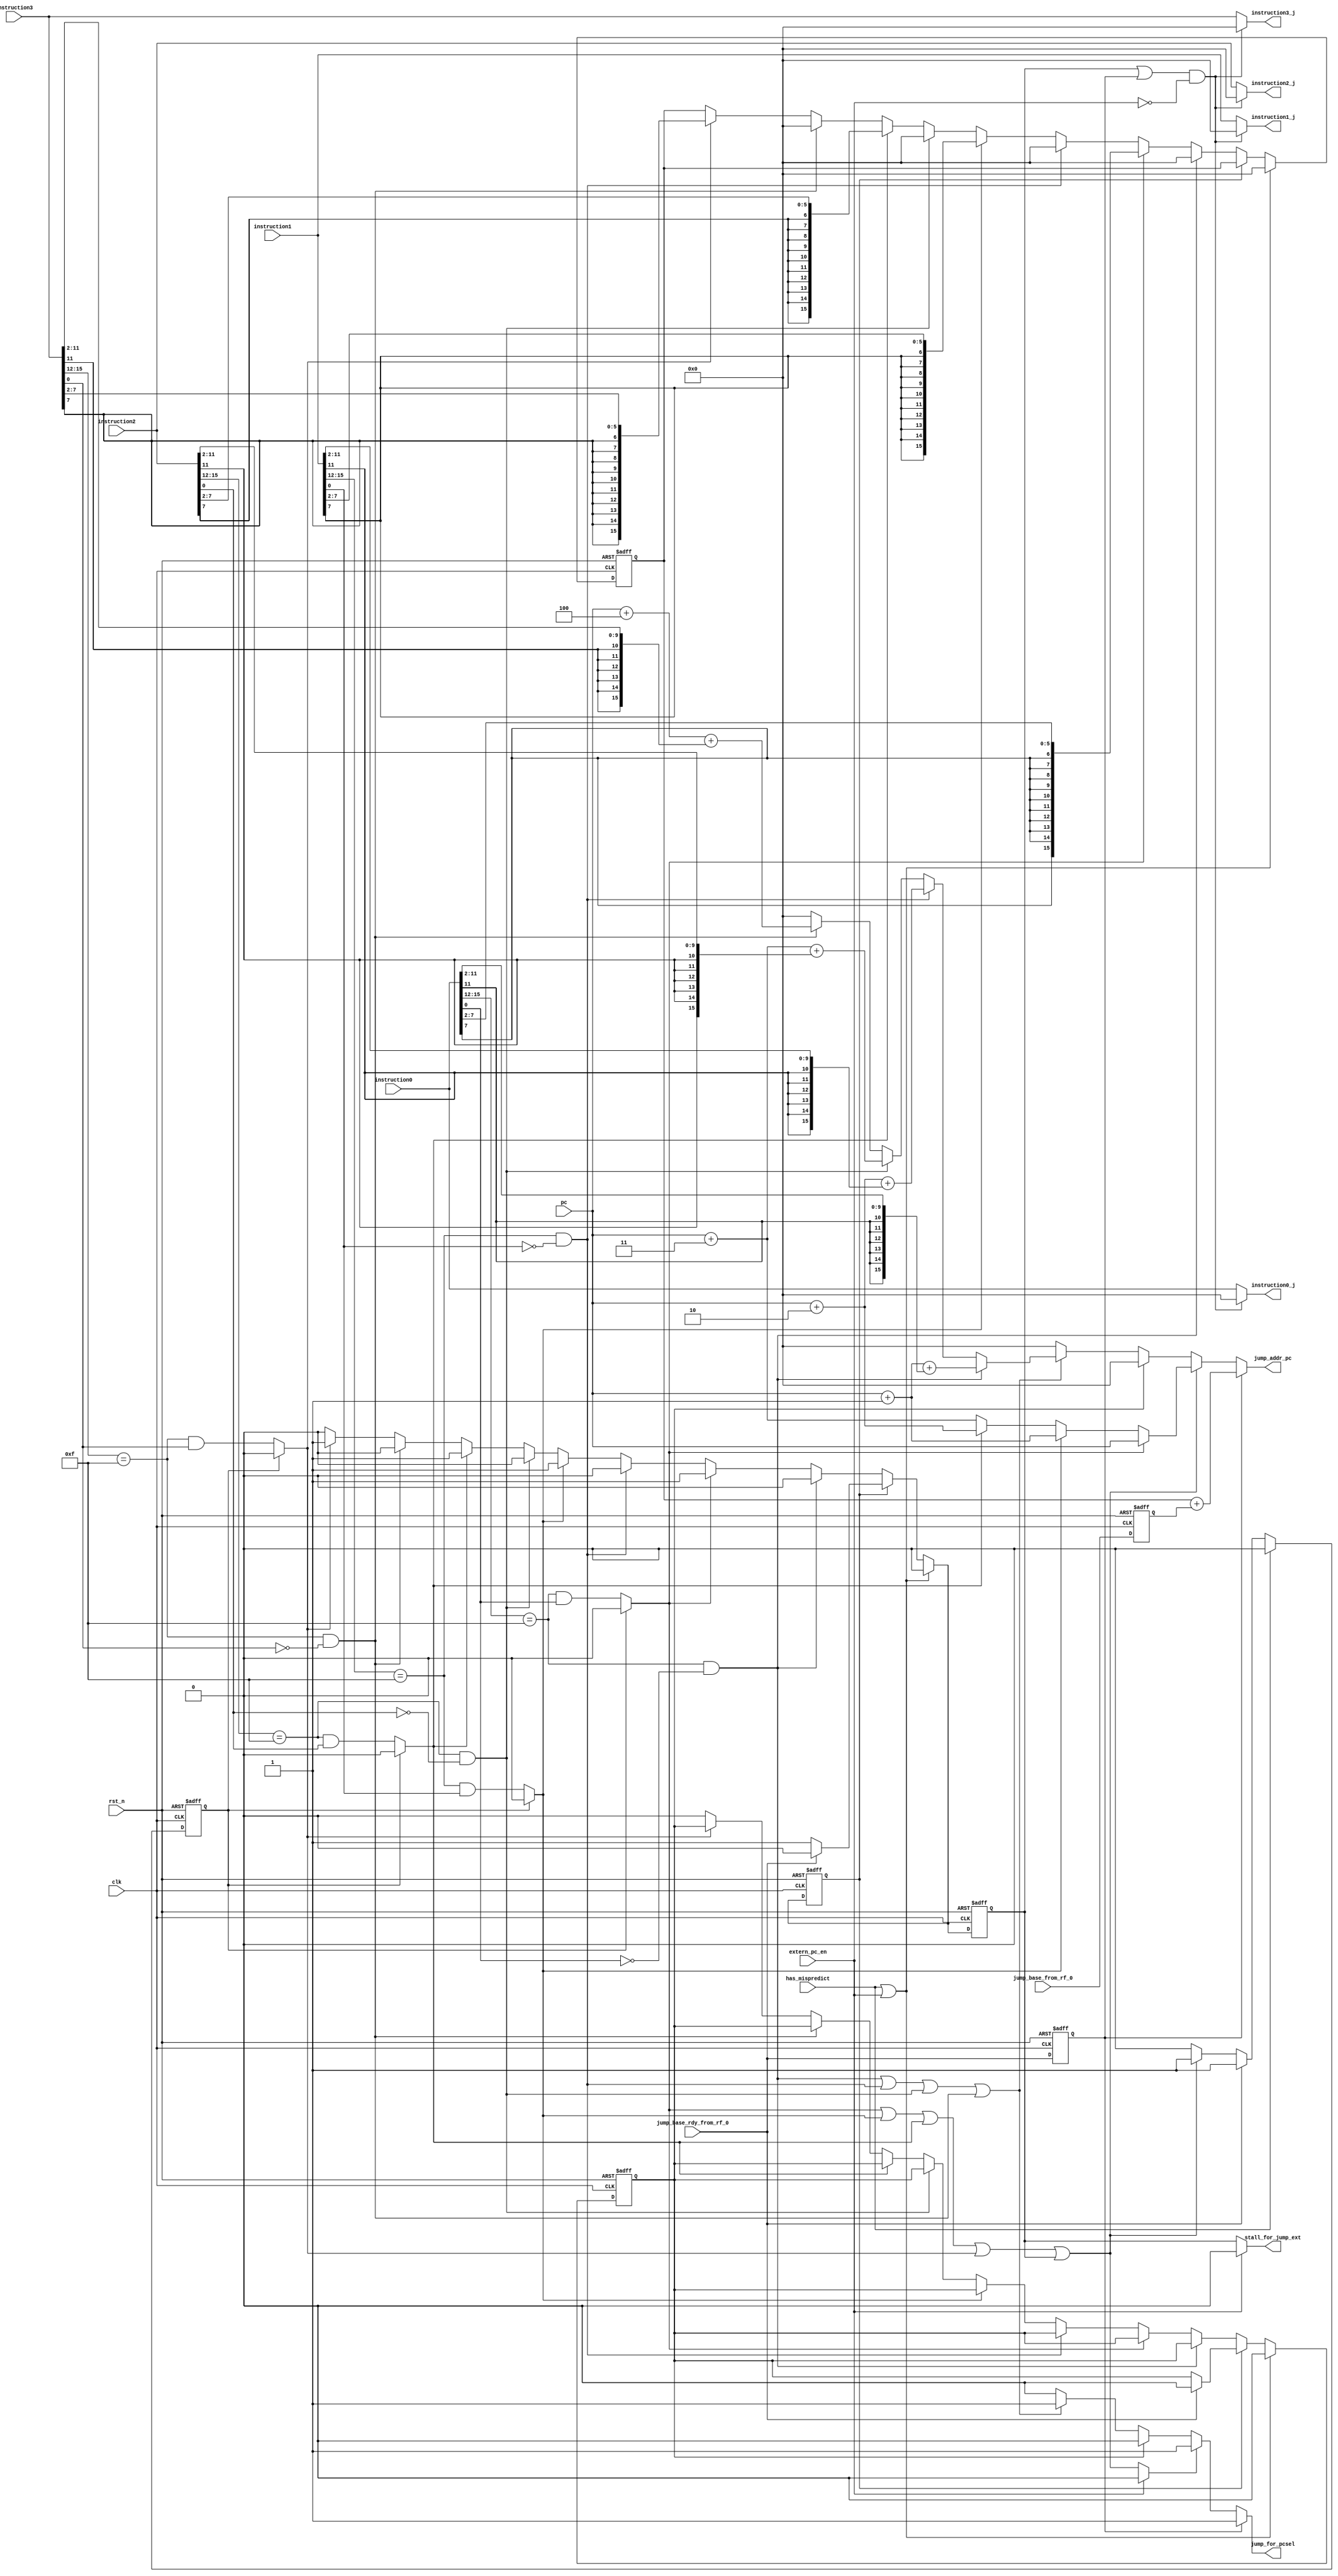
`timescale 1ns / 1ps
//////////////////////////////////////////////////////////////////////////////////
// Company: 
// Engineer: 
// 
// Design Name: 
// Module Name:    jumpHandler 
// Project Name: 
// Target Devices: 
// Tool versions: 
// Description: 
//
// Dependencies: 
//
// Revision: 
// Revision 0.01 - File Created
// Additional Comments: 
//
//////////////////////////////////////////////////////////////////////////////////
module jumpHandler(input has_mispredict,
		   input 	 clk,
		   input 	 rst_n,
		   input [15:0]  pc,
		   input [15:0]  instruction0,
		   input [15:0]  instruction1,
		   input [15:0]  instruction2,
		   input [15:0]  instruction3,
		   input [15:0]  jump_base_from_rf_0,
		   input 	 jump_base_rdy_from_rf_0,
	           input extern_pc_en,
		   output [15:0] jump_addr_pc,
		   output 	 jump_for_pcsel,
		   output  stall_for_jump_ext,
		   output [15:0] instruction0_j,
		   output [15:0] instruction1_j,
		   output [15:0] instruction2_j,
		   output [15:0] instruction3_j
		   );

   //internal signal
   reg [15:0] 			 jump_pc;//register to hold pc of register-based jump
   reg 				 wtJumpAddr,preJmp;

   reg [15:0] 			 jump_base_from_rf;
   reg 				 jump_base_rdy_from_rf_buf; 
   reg 				 disable_ins;
   reg stall_for_jump;
   wire 			 stall_for_jump1;

   wire ImJmp0,
        ImJmp1,
        ImJmp2,
        ImJmp3,
        existImdJmp,
        BsJmp0,
        BsJmp1,
        BsJmp2,
        BsJmp3;

   wire stall_for_jump1_ext;
   assign stall_for_jump_ext=extern_pc_en?1'b0:stall_for_jump;
   assign stall_for_jump1_ext=extern_pc_en?1'b0:stall_for_jump1;



   //register to store jump base and ready signal
   always@(posedge clk or negedge rst_n) begin
      if(!rst_n)begin
	 jump_base_from_rf<=16'b0;
	 jump_base_rdy_from_rf_buf<=0;
	 
      end else begin
	 jump_base_from_rf<=jump_base_from_rf_0;
	 jump_base_rdy_from_rf_buf<=jump_base_rdy_from_rf_0;
	 
      end  
   end
 
   //signal to disable detecting jumps when a jump ready signal is 
   //received by address is not calculated
   always@(posedge clk or negedge rst_n)
     if(!rst_n)
       disable_ins<=0;
   //if mispredict no need
     else if(has_mispredict)
       disable_ins<=0;
     else if(jump_base_rdy_from_rf_0)
       disable_ins<=1;
     else if(stall_for_jump1==1)
       disable_ins<=1;
     else if(stall_for_jump1==0)
       disable_ins<=0;
     else 
	   disable_ins<=disable_ins;


   assign ImJmp0=(instruction0[15:12]==4'b1111)&&(instruction0[0]==0);
   assign ImJmp1=(instruction1[15:12]==4'b1111)&&(instruction1[0]==0);
   assign ImJmp2=(instruction2[15:12]==4'b1111)&&(instruction2[0]==0);
   assign ImJmp3=(instruction3[15:12]==4'b1111)&&(instruction3[0]==0);
   assign existImdJmp=ImJmp0||ImJmp1||ImJmp2||ImJmp3;
   assign BsJmp0=disable_ins?0:(instruction0[15:12]==4'b1111)&&(instruction0[0]==1);
   assign BsJmp1=disable_ins?0:(instruction1[15:12]==4'b1111)&&(instruction1[0]==1);
   assign BsJmp2=disable_ins?0:(instruction2[15:12]==4'b1111)&&(instruction2[0]==1);
   assign BsJmp3=disable_ins?0:(instruction3[15:12]==4'b1111)&&(instruction3[0]==1);


   assign jump_for_pcsel = (jump_base_rdy_from_rf_buf) ? 1'b1 :
			   (stall_for_jump1_ext) ?   1'b1:
 			   (preJmp)	    ? 1'b0 :
 			   (existImdJmp)     ? 1'b1 : 1'b0;
   

   assign stall_for_jump1=BsJmp0|BsJmp1|BsJmp2|BsJmp3|stall_for_jump;
   
   wire [15:0] ImJmp_addr;
   assign ImJmp_addr=(ImJmp0?(pc+16'd1+{{6{instruction0[11]}},instruction0[11:2]}):
		             (ImJmp1?(pc+16'd2+{{6{instruction1[11]}},instruction1[11:2]}):
		             (ImJmp2?(pc+16'd3+{{6{instruction2[11]}},instruction2[11:2]}):
			         (ImJmp3?(pc+16'd4+{{6{instruction3[11]}},instruction3[11:2]}):16'b0))));
 
   assign jump_addr_pc = (jump_base_rdy_from_rf_buf) ? jump_pc+jump_base_from_rf :
			 (stall_for_jump1)? (BsJmp0?pc:(BsJmp1?(pc+16'd1):(BsJmp2?(pc+16'd2):(pc+16'd3)))):
			 (preJmp)                    ? 16'b0 :
			 (existImdJmp)               ? ImJmp_addr : 16'b0;



   
   always@(posedge clk or negedge rst_n) begin
      
      if(!rst_n)begin
         stall_for_jump<=0;
         jump_pc<=16'b0;
         wtJumpAddr<=0;
         preJmp<=0;
      end else if(has_mispredict||extern_pc_en)begin
         stall_for_jump<=0;
         jump_pc<=16'b0;
         wtJumpAddr<=0;
         preJmp<=0;    
	 
      end
      else begin
	 
	 //if already waiting for a jump instruction
	 if(wtJumpAddr==1)begin
	
            //while waiting addr, keep checking rdy signal
	    //modified trigger signal so that output is nop
	    if(jump_base_rdy_from_rf_0)begin//once rdy, clear stall,wt
	       stall_for_jump<=0;
	       wtJumpAddr<=0;
	       //jump_pc<=16'b0;//clear internal reg
               jump_pc<=jump_pc;
               preJmp<=0;
            end 
            else begin
               stall_for_jump<=1;
               jump_pc<=jump_pc;
               preJmp<=preJmp;
               wtJumpAddr<=wtJumpAddr;
            end
	 end else	if(ImJmp0)begin
	    stall_for_jump<=0;
	    jump_pc<=0;
	    wtJumpAddr<=0;
	    //preJmp<=1;
	 end else if(BsJmp0)begin
	    wtJumpAddr<=1;
	    jump_pc<={{10{instruction0[7]}},instruction0[7:2]};
	    stall_for_jump<=1;
	 end else if(ImJmp1)begin
	    stall_for_jump<=0;
	    jump_pc<=0;
	    wtJumpAddr<=0;
	    //preJmp<=1;
	 end else if(BsJmp1)begin
	    wtJumpAddr<=1;
	    jump_pc<={{10{instruction1[7]}},instruction1[7:2]};
	    stall_for_jump<=1;
	 end else if(ImJmp2) begin
	    stall_for_jump<=0;
	    jump_pc<=0;
	    wtJumpAddr<=0;
	    //preJmp<=1;
	 end else if(BsJmp2) begin
	    wtJumpAddr<=1;
	    jump_pc<={{10{instruction2[7]}},instruction2[7:2]};
	    stall_for_jump<=1;
	 end else if(ImJmp3)begin
	    stall_for_jump<=0;
	    jump_pc<=0;
	    wtJumpAddr<=0;
	    //preJmp<=1;
	 end else if (BsJmp3)begin
	    wtJumpAddr<=1;
	    jump_pc<={{10{instruction3[7]}},instruction3[7:2]};
	    stall_for_jump<=1;
	 end else begin
	    wtJumpAddr<=0;
	    jump_pc<=jump_pc;
	    stall_for_jump<=0;
	    preJmp<=0;
	 end
	 
      end//rst_n

   end//always


   assign instruction0_j=((stall_for_jump||jump_base_rdy_from_rf_buf)&&(!extern_pc_en))?16'b0:(instruction0);
   assign instruction1_j=((stall_for_jump||jump_base_rdy_from_rf_buf)&&(!extern_pc_en))?16'b0:(instruction1);
   assign instruction2_j=((stall_for_jump||jump_base_rdy_from_rf_buf)&&(!extern_pc_en))?16'b0:(instruction2);
   assign instruction3_j=((stall_for_jump||jump_base_rdy_from_rf_buf)&&(!extern_pc_en))?16'b0:(instruction3);


endmodule